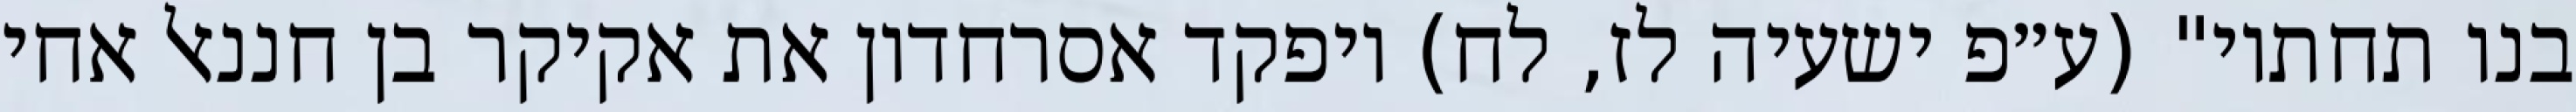
בנו תחתיו" (ע״פ ישעיה לז, לח) ויפקד אסרחדון את אקיקר בן חננאל אחי